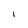
Character: l